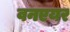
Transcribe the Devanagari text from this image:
वनएयर